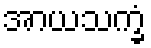
အာယသက္ခံ